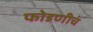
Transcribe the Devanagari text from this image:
फोडणीचं